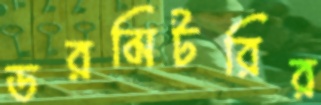
ডরমিটরির